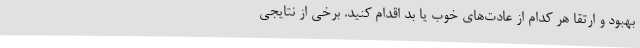
بهبود و ارتقا هر کدام از عادت‌های خوب یا بد اقدام کنید. برخی از نتایجی